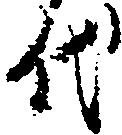
代